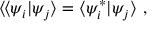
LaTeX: \langle \! \langle \psi _ { i } | \psi _ { j } \rangle = \langle \psi _ { i } ^ { * } | \psi _ { j } \rangle \ ,